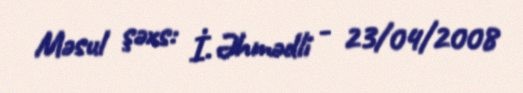
Məsul şəxs: İ. Əhmədli - 23/04/2008